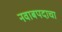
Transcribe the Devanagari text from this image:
नवाबपदाचा